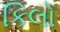
કિલો